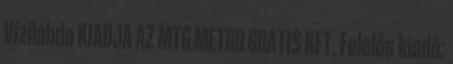
Vízilabda KIADJA AZ MTG METRO GRATIS KFT. Felelős kiadó: